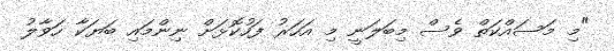
"މި މަސައްކަތް ވެސް މިބަލަނީ މި އަހަރު ފަހުކޮޅަށް ނިންމައި ބަޔަކާ ހަވާލު